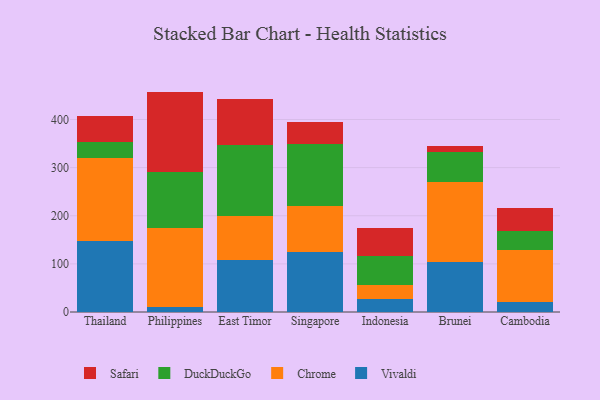
{"axis": {"x": "Country", "y": "Conversion Rate (%)"}, "legend": ["Chrome", "DuckDuckGo", "Safari", "Vivaldi"], "data": [{"x": "Thailand", "y": 147.9, "type": "Vivaldi"}, {"x": "Thailand", "y": 171.9, "type": "Chrome"}, {"x": "Thailand", "y": 32.8, "type": "DuckDuckGo"}, {"x": "Thailand", "y": 54.2, "type": "Safari"}, {"x": "Philippines", "y": 9.8, "type": "Vivaldi"}, {"x": "Philippines", "y": 165.2, "type": "Chrome"}, {"x": "Philippines", "y": 115.4, "type": "DuckDuckGo"}, {"x": "Philippines", "y": 167.6, "type": "Safari"}, {"x": "East Timor", "y": 107.6, "type": "Vivaldi"}, {"x": "East Timor", "y": 92.0, "type": "Chrome"}, {"x": "East Timor", "y": 148.0, "type": "DuckDuckGo"}, {"x": "East Timor", "y": 95.3, "type": "Safari"}, {"x": "Singapore", "y": 124.9, "type": "Vivaldi"}, {"x": "Singapore", "y": 94.8, "type": "Chrome"}, {"x": "Singapore", "y": 129.8, "type": "DuckDuckGo"}, {"x": "Singapore", "y": 45.7, "type": "Safari"}, {"x": "Indonesia", "y": 27.2, "type": "Vivaldi"}, {"x": "Indonesia", "y": 28.6, "type": "Chrome"}, {"x": "Indonesia", "y": 61.5, "type": "DuckDuckGo"}, {"x": "Indonesia", "y": 56.8, "type": "Safari"}, {"x": "Brunei", "y": 104.2, "type": "Vivaldi"}, {"x": "Brunei", "y": 166.7, "type": "Chrome"}, {"x": "Brunei", "y": 62.1, "type": "DuckDuckGo"}, {"x": "Brunei", "y": 11.7, "type": "Safari"}, {"x": "Cambodia", "y": 20.4, "type": "Vivaldi"}, {"x": "Cambodia", "y": 108.5, "type": "Chrome"}, {"x": "Cambodia", "y": 39.9, "type": "DuckDuckGo"}, {"x": "Cambodia", "y": 47.4, "type": "Safari"}]}